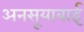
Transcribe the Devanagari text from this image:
अनसूयाबाई